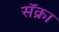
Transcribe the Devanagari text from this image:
सॅक्रा